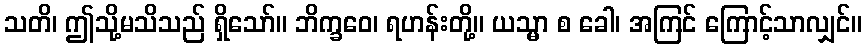
သတိ၊ ဤသို့မသိသည် ရှိသော်။ ဘိက္ခဝေ၊ ရဟန်းတို့။ ယသ္မာ စ ခေါ၊ အကြင် ကြောင့်သာလျှင်။